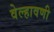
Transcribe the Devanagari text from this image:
वेल्हावणी